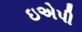
ઇએપી